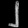
Digit: ၂